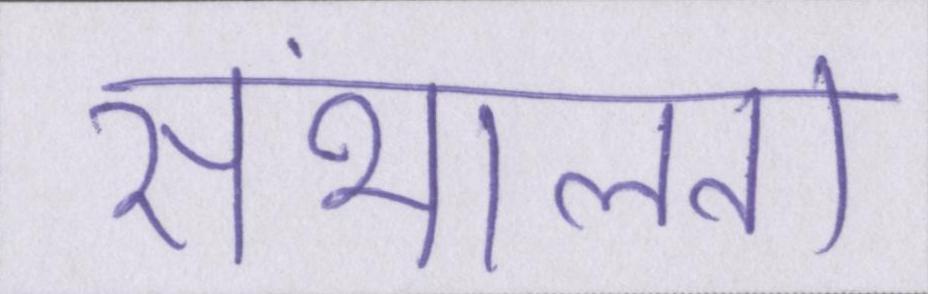
संभालता